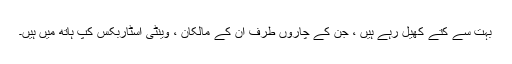
بہت سے کتے کھیل رہے ہیں ، جن کے چاروں طرف ان کے مالکان ، وینٹی اسٹاربکس کپ ہاتھ میں ہیں۔